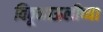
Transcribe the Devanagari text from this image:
विठूमाऊलीच्या